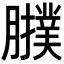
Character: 𦢟